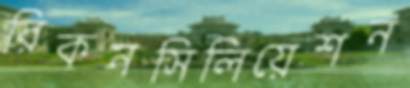
রিকনসিলিয়েশন